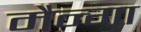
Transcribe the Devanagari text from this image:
मैन्गा